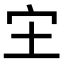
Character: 𫲵